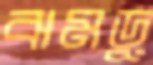
ঝমড়ু